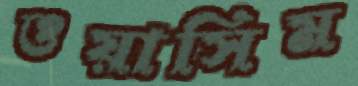
ওয়াসিম